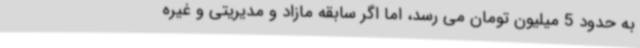
به حدود 5 میلیون تومان می رسد، اما اگر سابقه مازاد و مدیریتی و غیره